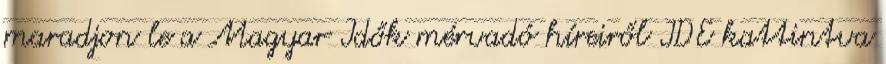
maradjon le a Magyar Idők mérvadó híreiről IDE kattintva